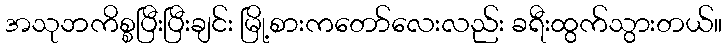
အသုဘကိစ္စပြီးပြီးချင်း မြို့စားကတော်လေးလည်း ခရီးထွက်သွားတယ်။